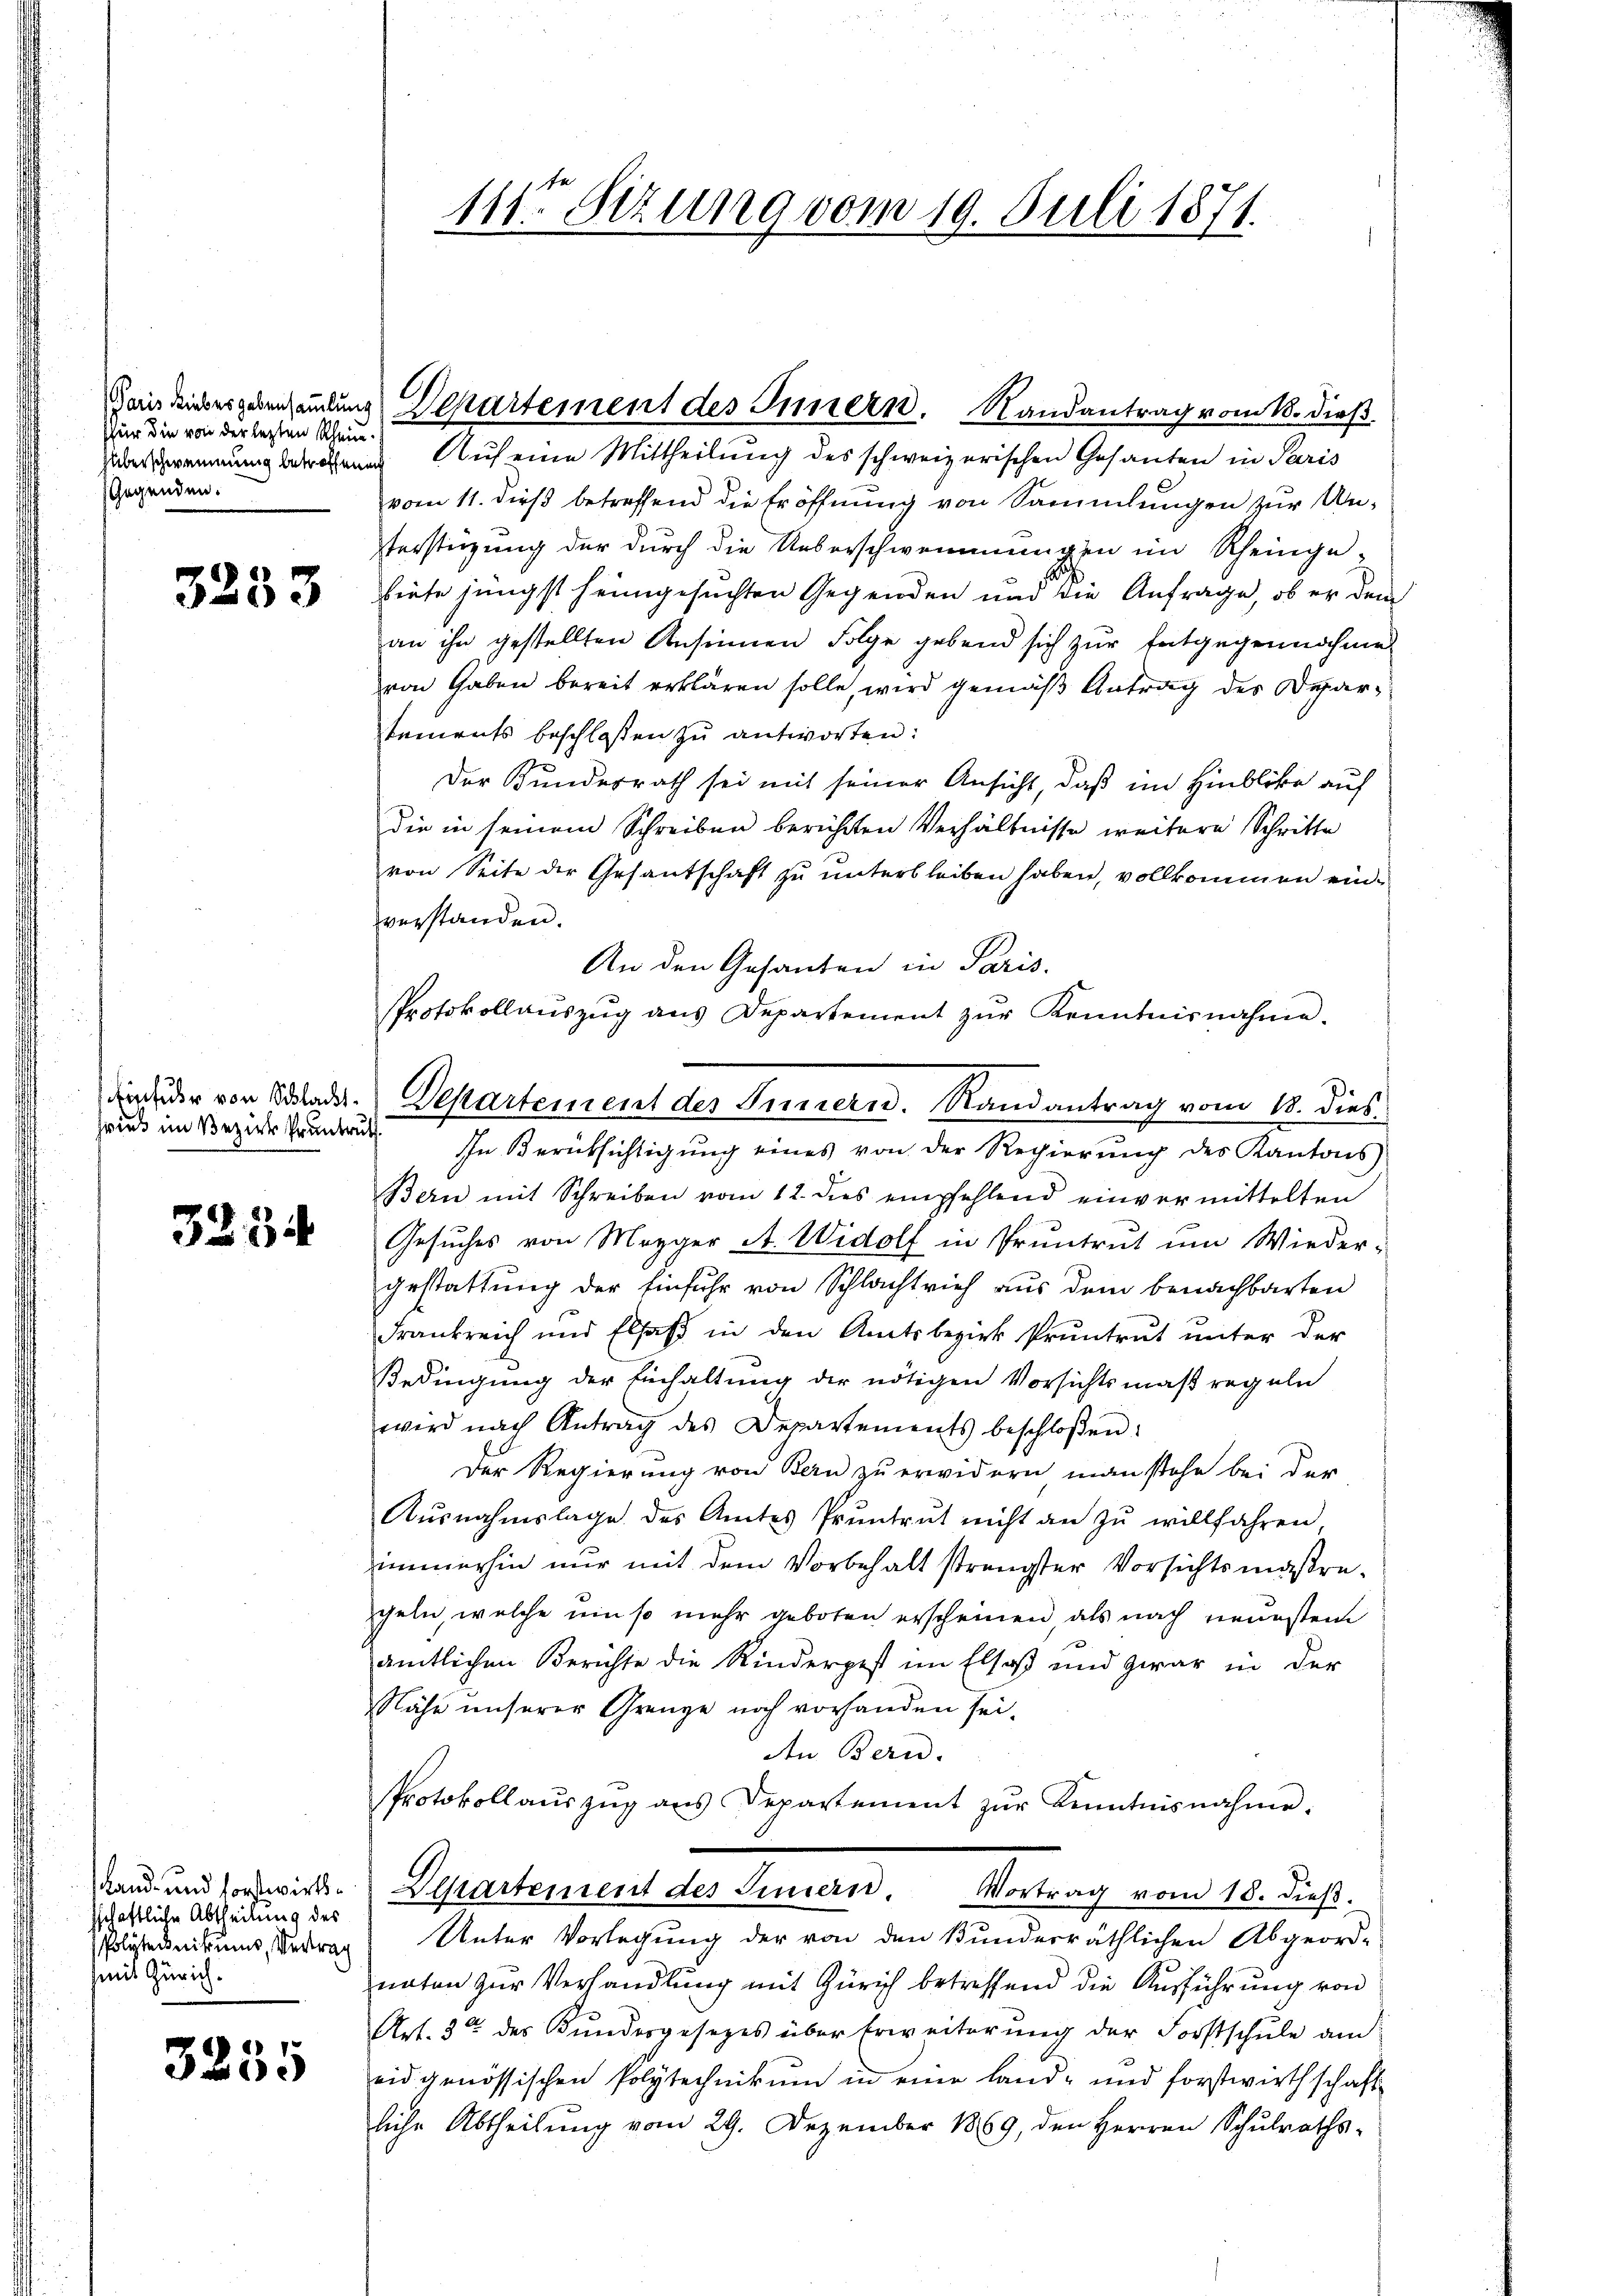
Nur die von der letzten Rhein¬
Gegenden.

3253

zries im Bezirk Pruntruth

3234

Land- und forstwirkssschaftliche Abtheilung des
Polytechnikums, Vertrag
mit Zürich.

3255

11ten Sitzung vom 19. Juli 1871.

rennung betreten Auf eine Mittheilung des schweizerischen Gesanten in Paris
vom 11. dieß betreffend die Eröffnung von Sammlungen zur Unsterstüzung der durch die Ueberschwemmungen im Rheingebiete jüngst heimgesuchten Gegenden und die Anfrage, ob er dem
an ihn gestellten Ansinnen Folge gebend sich zur Entgegennahme
von Gaben bereit erklären solle, wird gemäß Antrag des Departements beschloßen zu antworten:
Der Kundesrath sei mit seiner Ansicht, daß im Hinblicke auf
die in seinem Schreiben berichten Verhältnisse weitere Schritte
von Seite der Gesantschaft zu unterbleiben haben, vollkommen einverstanden.
An den Gesanten in Paris.
Protokollaŭszŭg ans Departement zŭr Kenntnisnahme.
In Berücksichtigŭng eines von der Regierŭng des Kantons-
Bern mit Schreiben vom 12. dies empfehlend einvermittelten
Gesuches von Mezger A. Widolf in Pruntrut um Wieder-
gestattung der Einfuhr von Schlachtrief aus dem benachbarten
Frankreich und Elsaß in den Amtsbezirk Pruntrut unter der
Bedingung der Einhaltung der nötigen Vorsichtsmaßregeln
wird nach Antrag des Departements beschloßen:
Der Regierung von Bern zu erwidern man stehe bei der
Aŭsnahmslage des Amtes Pruntrut nicht an zŭ willfahren
immerhin nur mit dem Vorbehalt strengster Vorsichtsmaßregeln, welche ein so mehr geboten erscheinen als nach neuesten
ämtlichen Berichte die Kinderpest im Elsaß und zwar in der
Nähe unserer Grenze noch vorhanden sei.
Aen Bern.
Protokollaŭszŭg aŭs Departement zŭr Kenntnisnahme.
Departement des Innern. Vortrag vom 18. dieβ.
Unter Vorlegung der von den Bundesräthlichen Abgeord-
naten zur Verhandlung mit Zürich betreffend die Ausführung von
Art. 3 des Kundesgesetzes über Erweiterŭng der Forstschŭle am
eid genössischen Polytechnikum in eine land- und forstwirthschaft
liche Abtheilŭng vom 29. Dezember 1869, den Herren Schŭlraths-

Jais dieses gehandlung Departement des Innern. Randantrag vom 18. dieß.

din der von Belade. Departement des Innern. Randantrag vom 18. dies